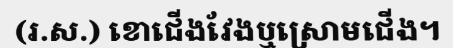
(រ.ស.) ខោជើងវែងឬស្រោមជើង។